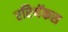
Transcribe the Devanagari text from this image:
एरिथॅकस